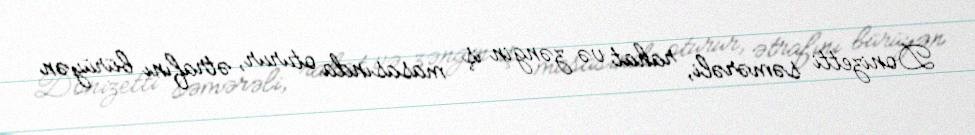
Donizetti səmərəli, rahat və zəngin iş masasında oturur, ətrafını bürüyən